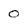
Character: 0